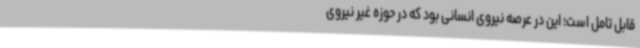
قابل تامل است؛ این در عرصه نیروی انسانی بود که در حوزه غیر نیروی